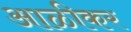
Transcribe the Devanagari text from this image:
आळीकर